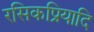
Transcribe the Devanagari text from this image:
रसिकप्रियादि